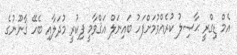
އެމް ޑިގްރީ ޙާޞިލު ކުރެއްވުމަށްފަހު ބައިނަލް އަޤްވާމީ ފިކުރީ މުދަލާއި ބެހޭ ޤާނޫނުގެ